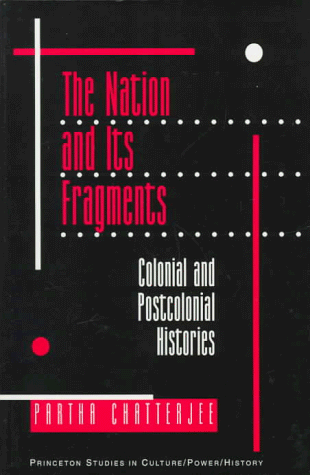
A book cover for The Nation and Its Fragments: Colonial and Postcolonial Histories (Princeton Studies in Culture/Power/History); Partha Chatterjee; History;